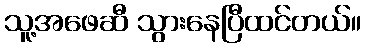
သူ့အဖေဆီ သွားနေပြီထင်တယ်။